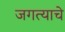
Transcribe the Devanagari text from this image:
जगत्याचे